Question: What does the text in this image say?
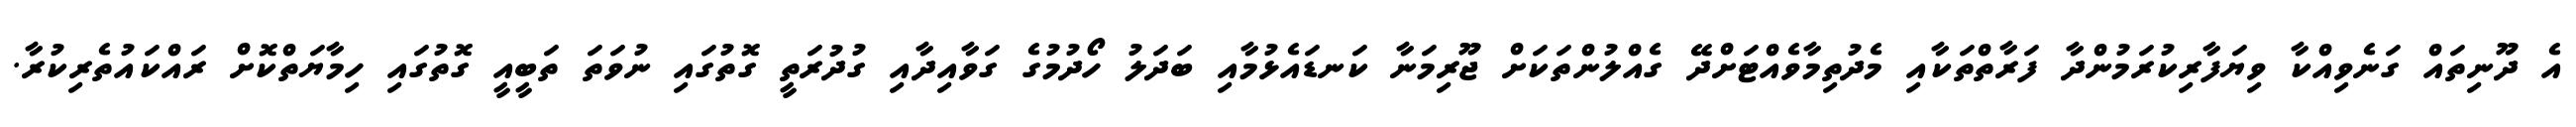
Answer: އެ ދޫނިތައް ގަނެވިއްކާ ވިޔަފާރިކުރަމުންދާ ފަރާތްތަކާއި މެދުތިމާވެއްޓަށްދޭ ގެއްލުންތަކަށް ޖޫރިމަނާ ކަނޑައެޅުމާއި ބަދަލު ހޯދުމުގެ ގަވާއިދާއި ގުދުރަތީ ގޮތުގައި ނުވަތަ ތަބީއީ ގޮތުގައި ހިމާޔަތްކޮށް ރައްކައުތެރިކުރާ.